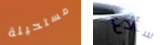
مستحيلة سأدع